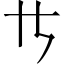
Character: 𪜀